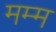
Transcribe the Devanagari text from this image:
मम्म